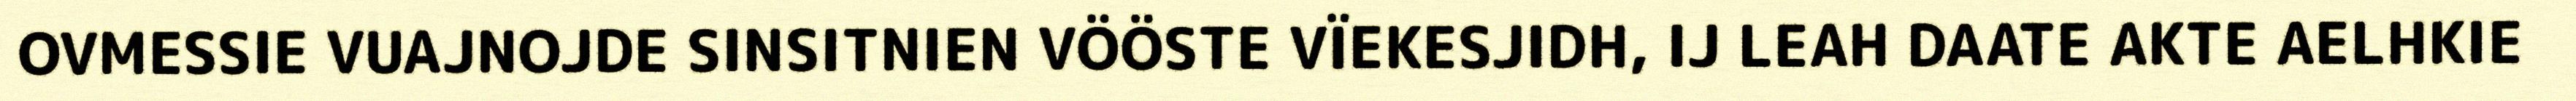
OVMESSIE VUAJNOJDE SINSITNIEN VÖÖSTE VÏEKESJIDH, IJ LEAH DAATE AKTE AELHKIE